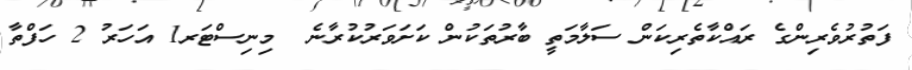
ފަތުރުވެރިންގެ ރައްކާތެރިކަން ސަލާމަތީ ބާރުތަކުން ކަށަވަރުކުރާނެ  މިނިސްޓަރ1 އަހަރު 2 ހަފްތާ